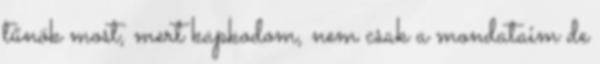
tűnök most, mert kapkodom, nem csak a mondataim de